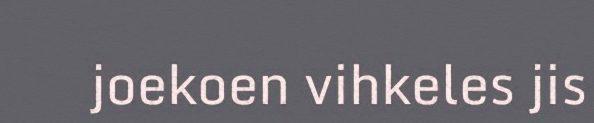
joekoen vihkeles jis